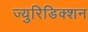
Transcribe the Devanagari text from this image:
ज्युरिडिक्शन